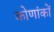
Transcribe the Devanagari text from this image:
कोणांकों